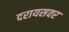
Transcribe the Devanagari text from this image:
दरायसवर